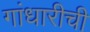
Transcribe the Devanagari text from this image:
गांधारीची